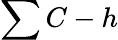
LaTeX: \sum C-h